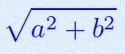
\sqrt{a^2+b^2}